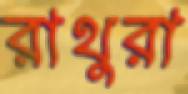
রাথুরা